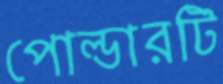
পোল্ডারটি